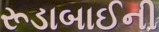
રૂડાબાઈની